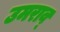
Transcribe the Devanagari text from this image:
उमराव्